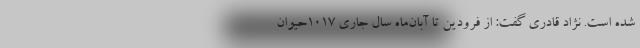
شده است. نژاد قادری گفت: از فرودین تا آبان‌ماه سال جاری ۱۰۱۷حیوان